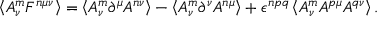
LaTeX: \left\langle A _ { \nu } ^ { m } F ^ { n \mu \nu } \right\rangle = \left\langle A _ { \nu } ^ { m } \partial ^ { \mu } A ^ { n \nu } \right\rangle - \left\langle A _ { \nu } ^ { m } \partial ^ { \nu } A ^ { n \mu } \right\rangle + \epsilon ^ { n p q } \left\langle A _ { \nu } ^ { m } A ^ { p \mu } A ^ { q \nu } \right\rangle .